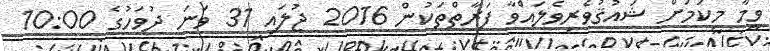
ވީމާ މިކަމަށް ޝައުޤުވެރިވެލައްވާ ފަރާތްތަކުން 2016 ޖުލައި 31 ވަނަ ދުވަހުގެ 10:00